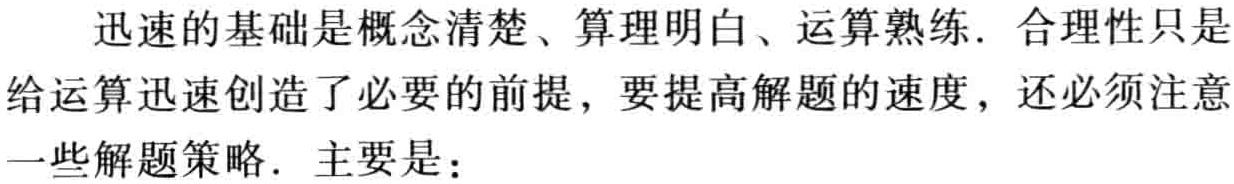
迅速的基础是概念清楚、算理明白、运算熟练. 合理性只是给运算迅速创造了必要的前提，要提高解题的速度，还必须注意一些解题策略. 主要是：